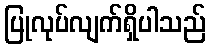
ပြုလုပ်လျက်ရှိပါသည်